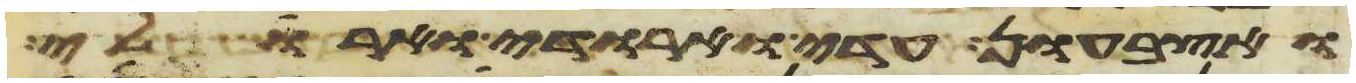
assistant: ואצבעון עדי וארודי וארולי